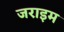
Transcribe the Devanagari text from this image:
जराइम